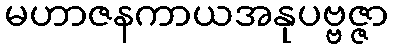
မဟာဇနကာယအနုပဗ္ဗဇ္ဇာ